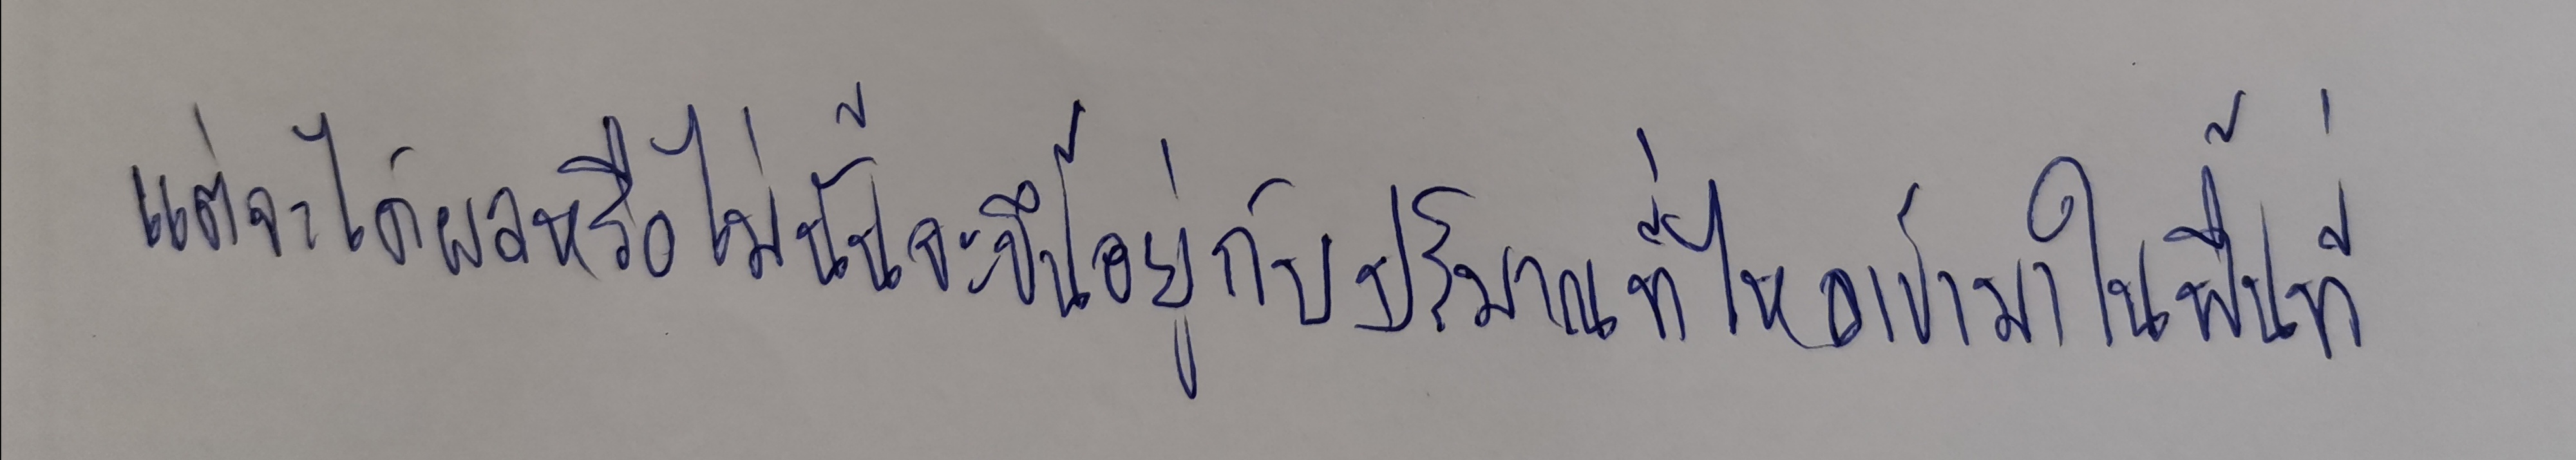
แต่จะได้ผลหรือไม่นั้นจะขึ้นอยู่กับปริมาณที่ไหลเข้ามาในพื้นที่